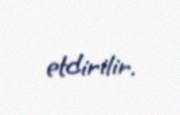
etdirilir.